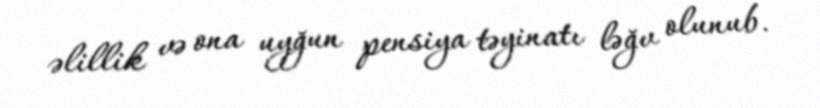
əlillik və ona uyğun pensiya təyinatı ləğv olunub.